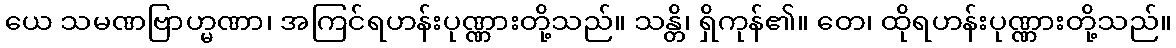
ယေ သမဏဗြာဟ္မဏာ၊ အကြင်ရဟန်းပုဏ္ဏားတို့သည်။ သန္တိ၊ ရှိကုန်၏။ တေ၊ ထိုရဟန်းပုဏ္ဏားတို့သည်။